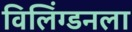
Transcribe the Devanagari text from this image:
विलिंग्डनला